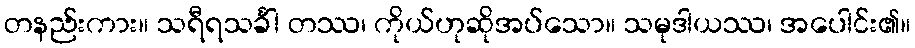
တနည်းကား။ သရီရသင်္ခါ တဿ၊ ကိုယ်ဟုဆိုအပ်သော။ သမုဒါယဿ၊ အပေါင်း၏။